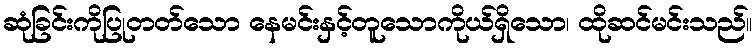
ဆုံခြင်းကိုပြုတတ်သော နေမင်းနှင့်တူသောကိုယ်ရှိသော၊ ထိုဆင်မင်းသည်။